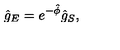
{ \hat { g } } _ { E } = e ^ { - \hat { \phi } } { \hat { g } } _ { S } ,